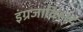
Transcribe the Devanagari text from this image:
इंग्रजाविरुध्द